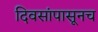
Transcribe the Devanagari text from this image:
दिवसांपासूनच